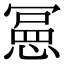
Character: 𭞌